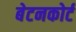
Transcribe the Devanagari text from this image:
बेटनकोर्ट